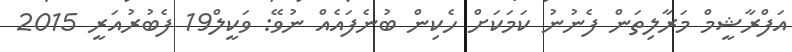
އަފްރާޝީމް މަރާލިތަން ފެނުނު ކަމަކަށް ހެކިން ބުނެފައެއް ނުވޭ: ވަކީލް19 ފެބުރުއަރީ 2015